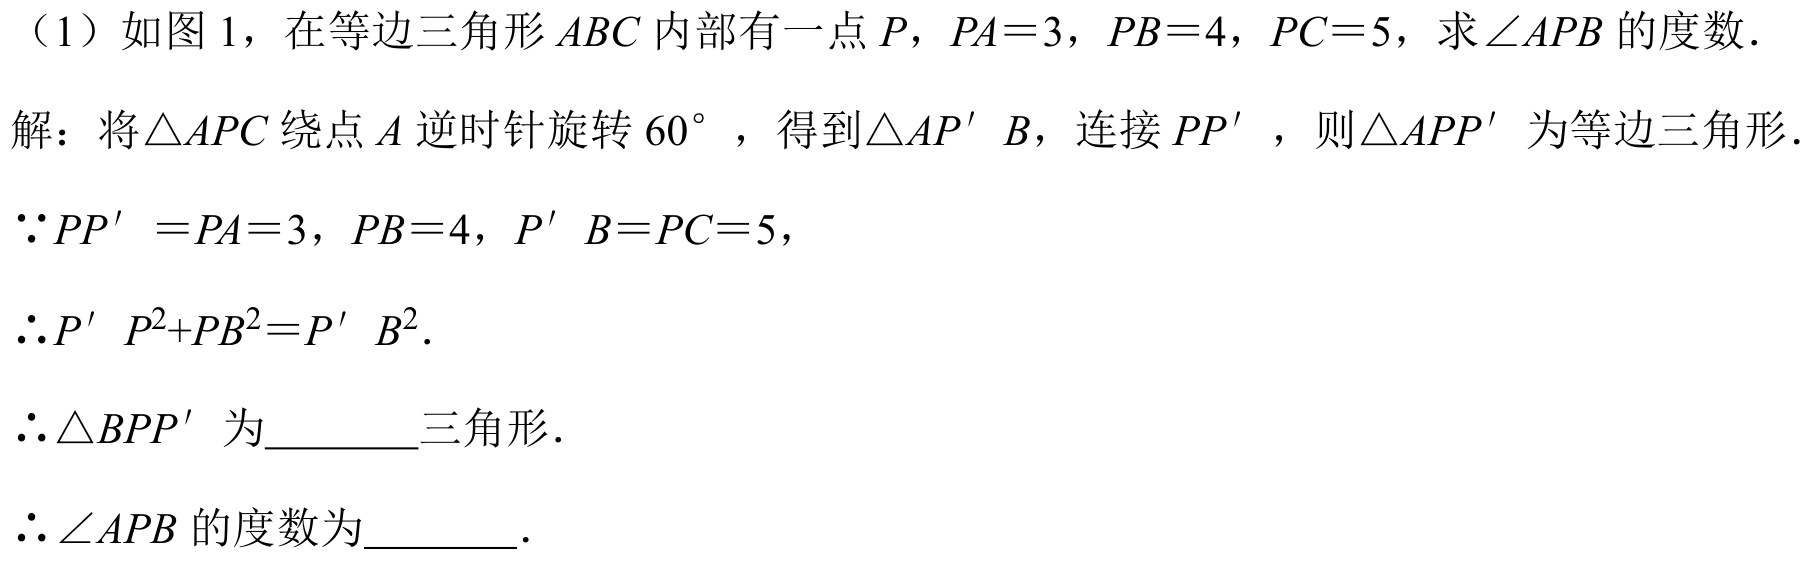
（1）如图 1，在等边三角形 \(ABC\) 内部有一点 \(P\)，\(PA = 3\)，\(PB = 4\)，\(PC = 5\)，求\(\angle APB\) 的度数．
解：将\(\triangle APC\) 绕点 \(A\) 逆时针旋转 \(60^{\circ}\) ，得到\(\triangle AP'B\)，连接 \(PP'\)，则\(\triangle APP'\) 为等边三角形．
\(\because PP' = PA = 3\)，\(PB = 4\)，\(P'B = PC = 5\)，
\(\therefore P'P^{2}+PB^{2}=P'B^{2}\)．
\(\therefore\triangle BPP'\) 为_________三角形．
\(\therefore\angle APB\) 的度数为_________．